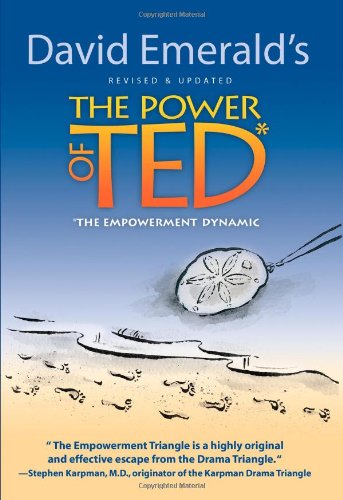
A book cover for The Power of TED* (*The Empowerment Dynamic) - Updated and Revised; David Emerald; Self-Help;